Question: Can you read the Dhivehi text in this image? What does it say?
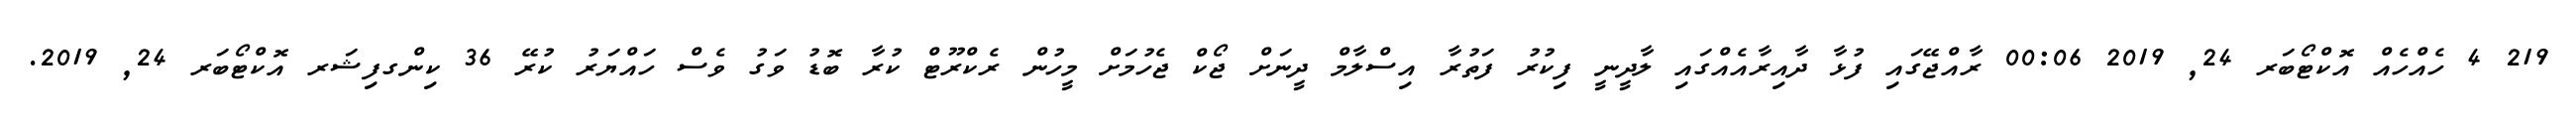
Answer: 219 4 ހެއްހެއް އޮކްޓޯބަރ 24, 2019 00:06 ރާއްޖޭގައި ފުޅާ ދާއިރާއެއްގައި ލާދީނީ ފިކުރު ފަތުރާ އިސްލާމް ދީނަށް ޖޯކް ޖެހުމަށް މީހުން ރެކްރޫޓް ކުރާ ބޮޑު ވަގު ވެސް ހައްޔަރު ކުރޭ 36 ކިންގފިޝަރ އޮކްޓޯބަރ 24, 2019.